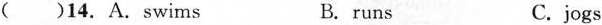
()14. A.swims B.runs C.jogs